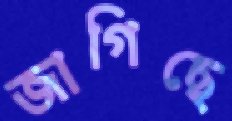
জাগিছে